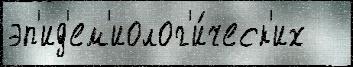
эп'ид'ем'иолог'и́ческ'их